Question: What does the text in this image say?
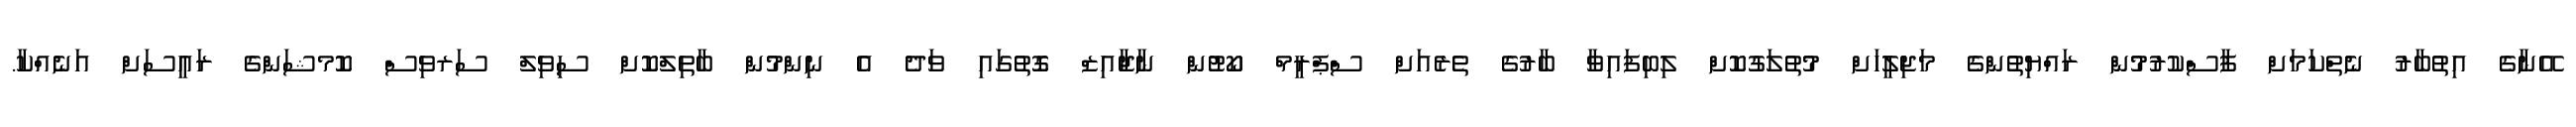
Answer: އޭނާގެ އިތުބާރު ނެތްކަމަށް ފާސްކުރުމުން ރައްޔިތުންގެ މަޖިލީހަށް މުތުލަގުކޮށް ލިބިފައިވާ ބާރުގެ ތެރެއަށް ސްޕްރީމް ކޯޓުން ނާޖާއިޒް ގޮތުގައި ވަދެ އެ ނިންމުން ބާތިލްކޮށް ސިވިލް ސަރވިސް ކޮމޝަންގެ ރައީސަށް އަނެއްކާ.